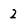
Character: 2